Report on vaccination proceedings throughout the Government of Bengal -
Year: 1868
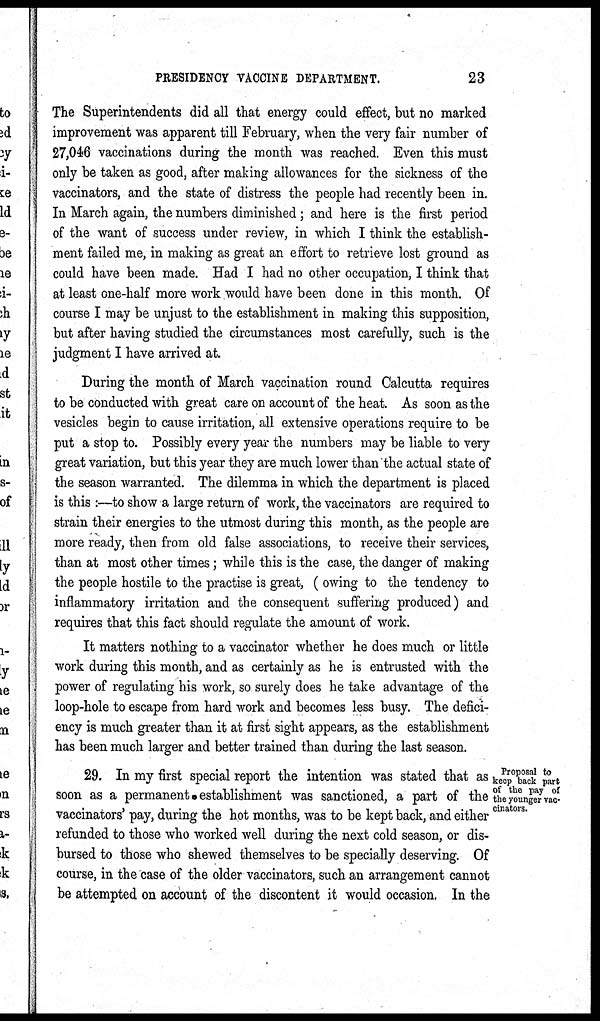
PRESIDENCY VACCINE DEPARTMENT.
23
The Superintendents did all that energy could effect, but no marked
improvement was apparent till February, when the very fair number of
27,046 vaccinations during the month was reached. Even this must
only be taken as good, after making allowances for the sickness of the
vaccinators, and the state of distress the people had recently been in.
In March again, the numbers diminished; and here is the first period
of the want of success under review, in which I think the establish-
ment failed me, in making as great an effort to retrieve lost ground as
could have been made. Had I had no other occupation, I think that
at least one-half more work would have been done in this month. Of
course I may be unjust to the establishment in making this supposition,
but after having studied the circumstances most carefully, such is the
judgment I have arrived at.
During the month of March vaccination round Calcutta requires
to be conducted with great care on account of the heat. As soon as the
vesicles begin to cause irritation, all extensive operations require to be
put a stop to. Possibly every year the numbers may be liable to very
great variation, but this year they are much lower than the actual state of
the season warranted. The dilemma in which the department is placed
is this :—to show a large return of work, the vaccinators are required to
strain their energies to the utmost during this month, as the people are
more ready, then from old false associations, to receive their services,
than at most other times; while this is the case, the danger of making
the people hostile to the practise is great, ( owing to the tendency to
inflammatory irritation and the consequent suffering produced) and
requires that this fact should regulate the amount of work.
It matters nothing to a vaccinator whether he does much or little
work during this month, and as certainly as he is entrusted with the
power of regulating his work, so surely does he take advantage of the
loop-hole to escape from hard work and becomes less busy. The defici-
ency is much greater than it at first sight appears, as the establishment
has been much larger and better trained than during the last season.
Proposal to
keep back part
of the pay of
the younger vac
cinators.
29. In my first special report the intention was stated that as
soon as a permanent establishment was sanctioned, a part of the
vaccinators' pay, during the hot months, was to be kept back, and either
refunded to those who worked well during the next cold season, or dis-
bursed to those who shewed themselves to be specially deserving. Of
course, in the case of the older vaccinators, such an arrangement cannot
be attempted on account of the discontent it would occasion. In the